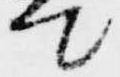
て